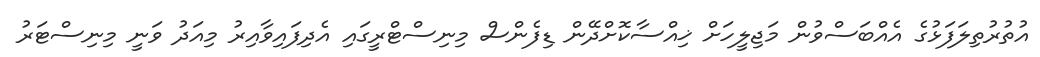
އުތުރުތިލަފަޅުގެ އެއްބަސްވުން މަޖިލީހަށް ޚިއްސާކޮށްދޭން ޑިފެންސް މިނިސްޓްރީގައި އެދިފައިވާއިރު މިއަދު ވަނީ މިނިސްޓަރު